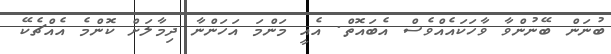
ބުނަން ބޭނުންވާ ވާހަކައެއްވެސް އެބައޮތް. އެއީ މަންމަ އަހަންނާ ދިމާލަށް ކޮންމެ އެއްޗެކޭ